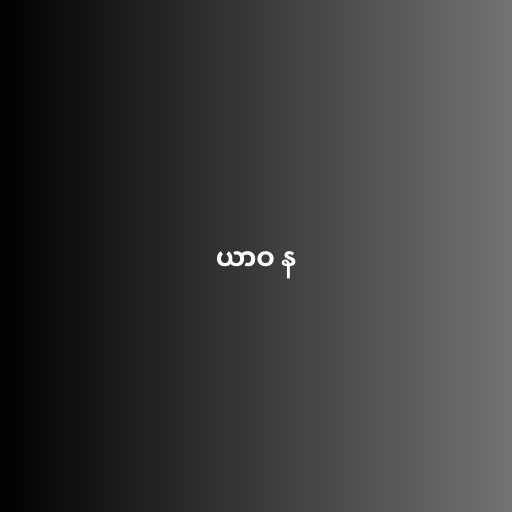
ယာဝ န